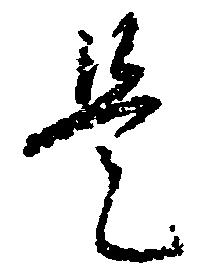
是